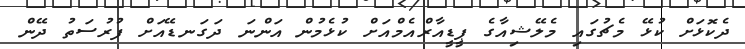
ދެކޮޅަށް ކުޅޭ މެޗުގައި މެލޭޝިއާގެ ޕީޑީއާރްއެމްއަށް ކުޅެމުން އަންނަ ދަގަނޑޭއަށް ފުރުސަތު ދޭން